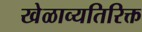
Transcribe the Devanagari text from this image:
खेळाव्यतिरिक्त